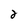
Character: 2